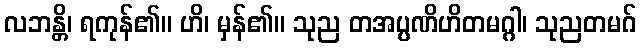
လဘန္တိ၊ ရကုန်၏။ ဟိ၊ မှန်၏။ သုည တအပ္ပဏိဟိတမဂ္ဂါ၊ သုညတမဂ်